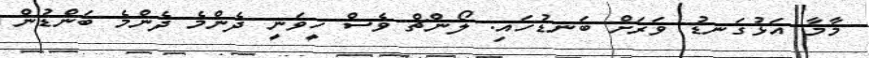
މާމާ އަޅުގަނޑު ވަރަށް ބަނޑުހައި. ލޯންޗް ވެސް ހީވަނީ ދެންމެ ދެންމެ ބަންޑުން